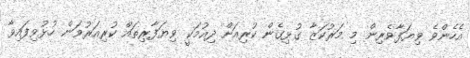
އެހެންވެ ވިޔަފާވެރިން މި މަރުކަޒާ ގުޅިގެން ކުރިއަށް ދިއުމަކީ ވިޔަފާރިތައް ކުރިއަރުވަން ހުޅުވިފައިވާ